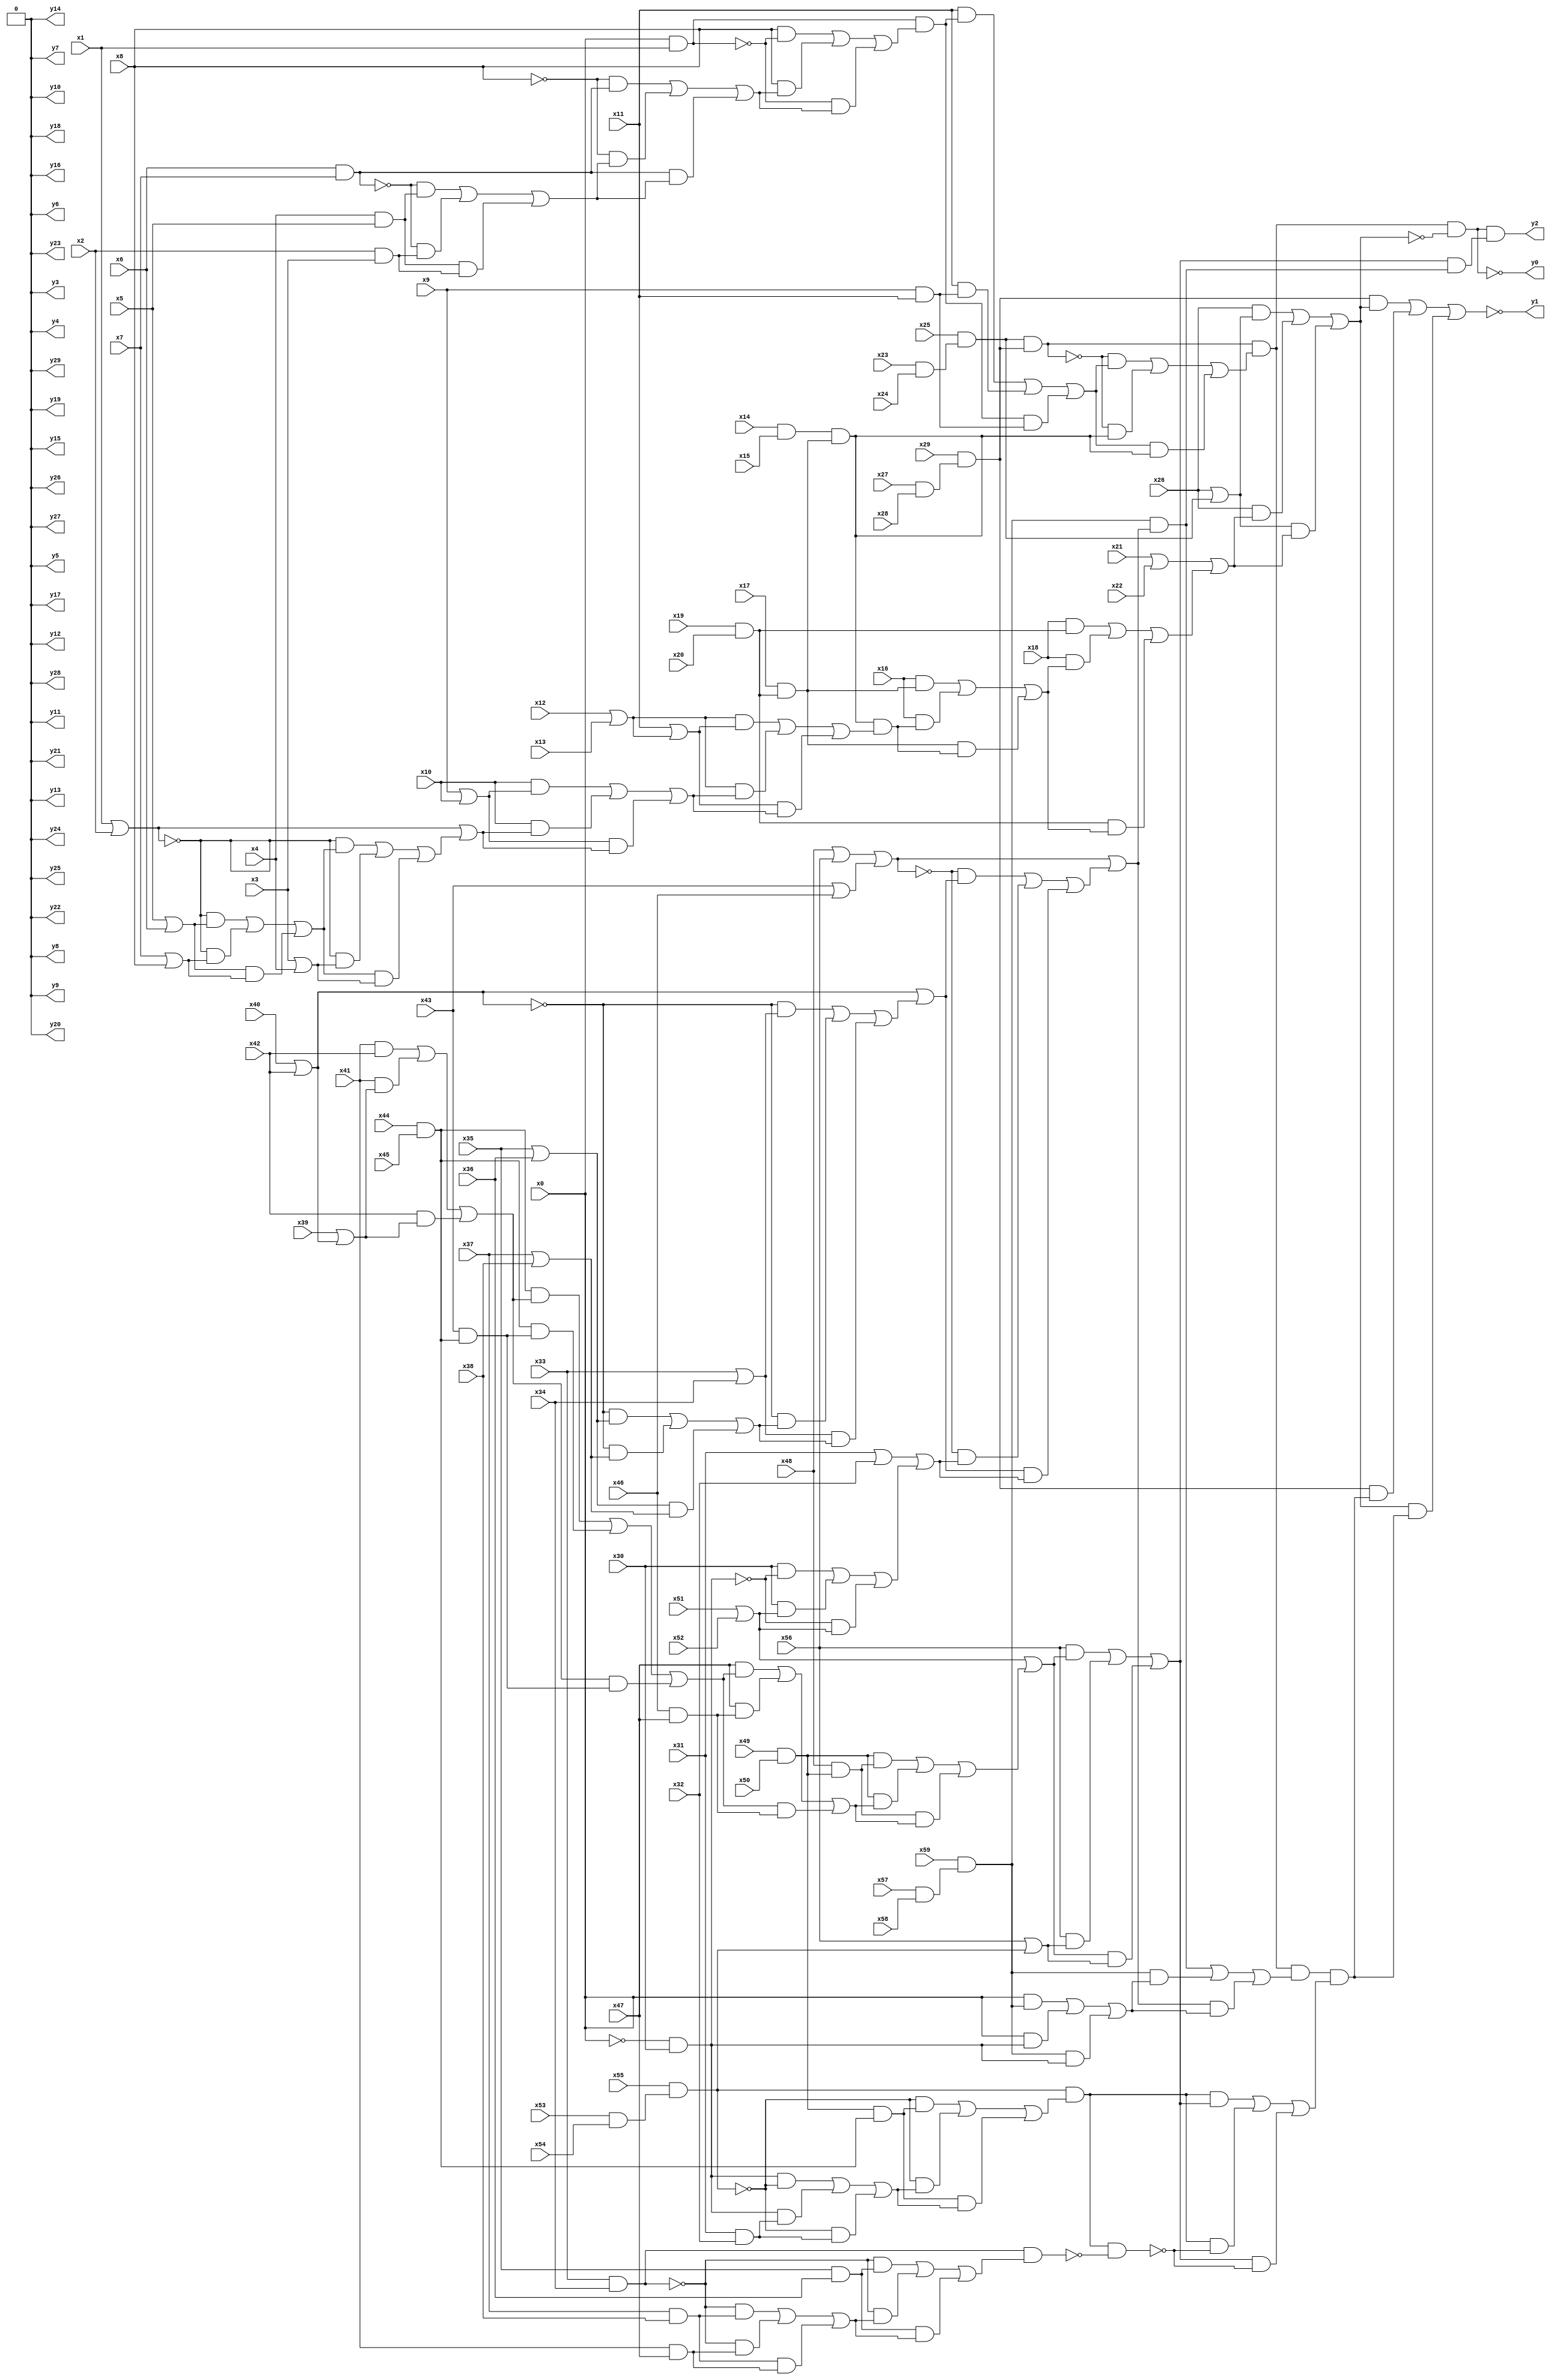
module top( x0 , x1 , x2 , x3 , x4 , x5 , x6 , x7 , x8 , x9 , x10 , x11 , x12 , x13 , x14 , x15 , x16 , x17 , x18 , x19 , x20 , x21 , x22 , x23 , x24 , x25 , x26 , x27 , x28 , x29 , x30 , x31 , x32 , x33 , x34 , x35 , x36 , x37 , x38 , x39 , x40 , x41 , x42 , x43 , x44 , x45 , x46 , x47 , x48 , x49 , x50 , x51 , x52 , x53 , x54 , x55 , x56 , x57 , x58 , x59 , y0 , y1 , y2 , y3 , y4 , y5 , y6 , y7 , y8 , y9 , y10 , y11 , y12 , y13 , y14 , y15 , y16 , y17 , y18 , y19 , y20 , y21 , y22 , y23 , y24 , y25 , y26 , y27 , y28 , y29 );
  input x0 , x1 , x2 , x3 , x4 , x5 , x6 , x7 , x8 , x9 , x10 , x11 , x12 , x13 , x14 , x15 , x16 , x17 , x18 , x19 , x20 , x21 , x22 , x23 , x24 , x25 , x26 , x27 , x28 , x29 , x30 , x31 , x32 , x33 , x34 , x35 , x36 , x37 , x38 , x39 , x40 , x41 , x42 , x43 , x44 , x45 , x46 , x47 , x48 , x49 , x50 , x51 , x52 , x53 , x54 , x55 , x56 , x57 , x58 , x59 ;
  output y0 , y1 , y2 , y3 , y4 , y5 , y6 , y7 , y8 , y9 , y10 , y11 , y12 , y13 , y14 , y15 , y16 , y17 , y18 , y19 , y20 , y21 , y22 , y23 , y24 , y25 , y26 , y27 , y28 , y29 ;
  wire n61 , n62 , n63 , n64 , n65 , n66 , n67 , n68 , n69 , n70 , n71 , n72 , n73 , n74 , n75 , n76 , n77 , n78 , n79 , n80 , n81 , n82 , n83 , n84 , n85 , n86 , n87 , n88 , n89 , n90 , n91 , n92 , n93 , n94 , n95 , n96 , n97 , n98 , n99 , n100 , n101 , n102 , n103 , n104 , n105 , n106 , n107 , n108 , n109 , n110 , n111 , n112 , n113 , n114 , n115 , n116 , n117 , n118 , n119 , n120 , n121 , n122 , n123 , n124 , n125 , n126 , n127 , n128 , n129 , n130 , n131 , n132 , n133 , n134 , n135 , n136 , n137 , n138 , n139 , n140 , n141 , n142 , n143 , n144 , n145 , n146 , n147 , n148 , n149 , n150 , n151 , n152 , n153 , n154 , n155 , n156 , n157 ;
  assign n61 = x23 & x24 ;
  assign n62 = x25 & n61 ;
  assign n63 = x27 & x28 ;
  assign n64 = x29 & n63 ;
  assign n65 = n62 & n64 ;
  assign n66 = x0 & x1 ;
  assign n67 = x6 & x7 ;
  assign n68 = x4 & x5 ;
  assign n69 = x2 & x3 ;
  assign n70 = ( ~n67 & n68 ) | ( ~n67 & n69 ) | ( n68 & n69 ) ;
  assign n71 = ( ~x8 & n67 ) | ( ~x8 & n70 ) | ( n67 & n70 ) ;
  assign n72 = ( x8 & ~n66 ) | ( x8 & n71 ) | ( ~n66 & n71 ) ;
  assign n73 = n66 & n72 ;
  assign n74 = x9 & x11 ;
  assign n75 = ( x11 & n73 ) | ( x11 & n74 ) | ( n73 & n74 ) ;
  assign n76 = x14 & x15 ;
  assign n77 = x19 & x20 ;
  assign n78 = x17 & n77 ;
  assign n79 = n76 & n78 ;
  assign n80 = ( ~n65 & n75 ) | ( ~n65 & n79 ) | ( n75 & n79 ) ;
  assign n81 = n65 & n80 ;
  assign n82 = x26 | n62 ;
  assign n83 = x21 | x22 ;
  assign n84 = x12 | x13 ;
  assign n85 = x11 | n84 ;
  assign n86 = x9 | x10 ;
  assign n87 = x1 | x2 ;
  assign n88 = x5 | x6 ;
  assign n89 = x7 | x8 ;
  assign n90 = ( ~n87 & n88 ) | ( ~n87 & n89 ) | ( n88 & n89 ) ;
  assign n91 = x3 | x4 ;
  assign n92 = ( ~n87 & n90 ) | ( ~n87 & n91 ) | ( n90 & n91 ) ;
  assign n93 = n87 | n92 ;
  assign n94 = ( x10 & n86 ) | ( x10 & n93 ) | ( n86 & n93 ) ;
  assign n95 = ( n84 & n85 ) | ( n84 & n94 ) | ( n85 & n94 ) ;
  assign n96 = n79 & n95 ;
  assign n97 = ( x16 & n78 ) | ( x16 & n96 ) | ( n78 & n96 ) ;
  assign n98 = ( x18 & n77 ) | ( x18 & n97 ) | ( n77 & n97 ) ;
  assign n99 = n83 | n98 ;
  assign n100 = ( x26 & n82 ) | ( x26 & n99 ) | ( n82 & n99 ) ;
  assign n101 = n81 & ~n100 ;
  assign n102 = x57 & x58 ;
  assign n103 = x59 & n102 ;
  assign n104 = x48 | x56 ;
  assign n105 = x43 | x46 ;
  assign n106 = n104 | n105 ;
  assign n107 = x40 | x42 ;
  assign n108 = x33 | x34 ;
  assign n109 = x35 | x36 ;
  assign n110 = x37 | x38 ;
  assign n111 = ( ~n107 & n109 ) | ( ~n107 & n110 ) | ( n109 & n110 ) ;
  assign n112 = ( ~n107 & n108 ) | ( ~n107 & n111 ) | ( n108 & n111 ) ;
  assign n113 = n107 | n112 ;
  assign n114 = x31 | x32 ;
  assign n115 = ~x0 & x30 ;
  assign n116 = x51 | x52 ;
  assign n117 = ( x30 & ~n115 ) | ( x30 & n116 ) | ( ~n115 & n116 ) ;
  assign n118 = n114 | n117 ;
  assign n119 = ( ~n106 & n113 ) | ( ~n106 & n118 ) | ( n113 & n118 ) ;
  assign n120 = n106 | n119 ;
  assign n121 = ( x0 & n103 ) | ( x0 & n115 ) | ( n103 & n115 ) ;
  assign n122 = ( n103 & n120 ) | ( n103 & n121 ) | ( n120 & n121 ) ;
  assign n123 = n81 & n122 ;
  assign n124 = x53 & x54 ;
  assign n125 = x55 & n124 ;
  assign n126 = x49 & x50 ;
  assign n127 = x44 & x45 ;
  assign n128 = n126 & n127 ;
  assign n129 = x31 & x32 ;
  assign n130 = ( n115 & ~n125 ) | ( n115 & n129 ) | ( ~n125 & n129 ) ;
  assign n131 = ( ~n125 & n128 ) | ( ~n125 & n130 ) | ( n128 & n130 ) ;
  assign n132 = n125 & n131 ;
  assign n133 = x48 & n126 ;
  assign n134 = x39 | n107 ;
  assign n135 = ( x41 & x42 ) | ( x41 & n134 ) | ( x42 & n134 ) ;
  assign n136 = x43 & n127 ;
  assign n137 = ( n127 & n135 ) | ( n127 & n136 ) | ( n135 & n136 ) ;
  assign n138 = x46 & x47 ;
  assign n139 = ( x47 & n137 ) | ( x47 & n138 ) | ( n137 & n138 ) ;
  assign n140 = ( n126 & n133 ) | ( n126 & n139 ) | ( n133 & n139 ) ;
  assign n141 = n116 | n140 ;
  assign n142 = x56 | n125 ;
  assign n143 = ( x56 & n141 ) | ( x56 & n142 ) | ( n141 & n142 ) ;
  assign n144 = x33 & x34 ;
  assign n145 = x35 & x36 ;
  assign n146 = x37 & x38 ;
  assign n147 = x41 & x47 ;
  assign n148 = ( ~n144 & n146 ) | ( ~n144 & n147 ) | ( n146 & n147 ) ;
  assign n149 = ( ~n144 & n145 ) | ( ~n144 & n148 ) | ( n145 & n148 ) ;
  assign n150 = n144 & n149 ;
  assign n151 = n132 & ~n150 ;
  assign n152 = ( n132 & n143 ) | ( n132 & ~n151 ) | ( n143 & ~n151 ) ;
  assign n153 = n123 & n152 ;
  assign n154 = ( n64 & n100 ) | ( n64 & n153 ) | ( n100 & n153 ) ;
  assign n155 = n103 & n120 ;
  assign n156 = n143 & n155 ;
  assign n157 = n101 & n156 ;
  assign y0 = ~n101 ;
  assign y1 = ~n154 ;
  assign y2 = n157 ;
  assign y3 = 1'b0 ;
  assign y4 = 1'b0 ;
  assign y5 = 1'b0 ;
  assign y6 = 1'b0 ;
  assign y7 = 1'b0 ;
  assign y8 = 1'b0 ;
  assign y9 = 1'b0 ;
  assign y10 = 1'b0 ;
  assign y11 = 1'b0 ;
  assign y12 = 1'b0 ;
  assign y13 = 1'b0 ;
  assign y14 = 1'b0 ;
  assign y15 = 1'b0 ;
  assign y16 = 1'b0 ;
  assign y17 = 1'b0 ;
  assign y18 = 1'b0 ;
  assign y19 = 1'b0 ;
  assign y20 = 1'b0 ;
  assign y21 = 1'b0 ;
  assign y22 = 1'b0 ;
  assign y23 = 1'b0 ;
  assign y24 = 1'b0 ;
  assign y25 = 1'b0 ;
  assign y26 = 1'b0 ;
  assign y27 = 1'b0 ;
  assign y28 = 1'b0 ;
  assign y29 = 1'b0 ;
endmodule